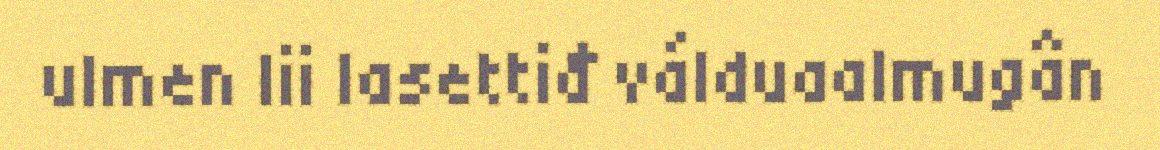
ulmen lii lasettiđ válduaalmugân